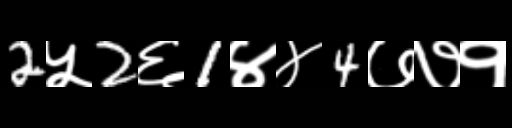
Text: 2५2६1४४4७७१